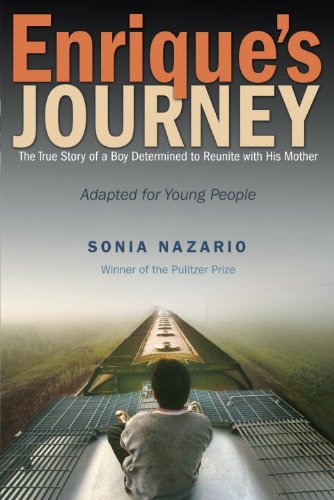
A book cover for Enrique's Journey (The Young Adult Adaptation): The True Story of a Boy Determined to Reunite with His Mother; Sonia Nazario; Teen & Young Adult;